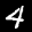
Label: 4